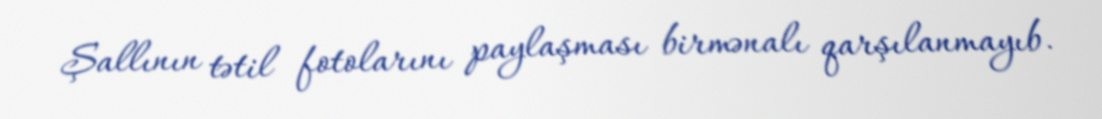
Şallının tətil fotolarını paylaşması birmənalı qarşılanmayıb.